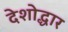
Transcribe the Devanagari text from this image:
देशोद्धार